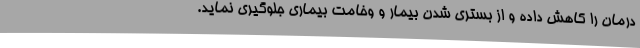
درمان را کاهش داده و از بستری شدن بیمار و وخامت بیماری جلوگیری نماید.